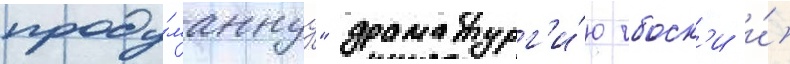
проду́маннуу" драматург'и́ю чбоск'и и́